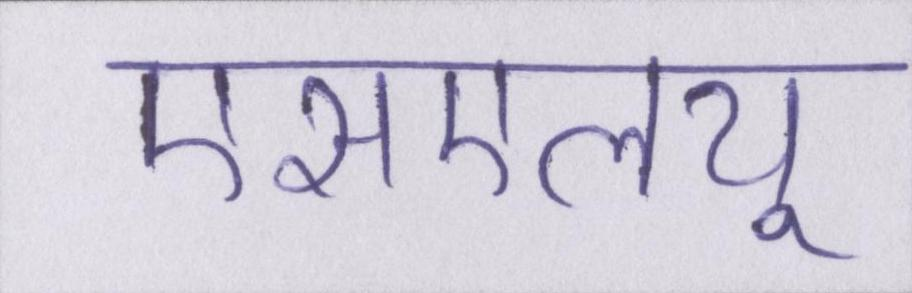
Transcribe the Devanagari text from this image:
एसएलयू